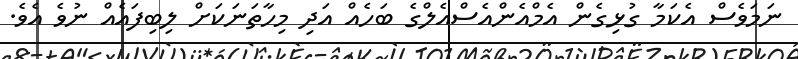
ނަމަވެސް އެކަމާ ގުޅިގެން އެމްއެންއެސްއެލްގެ ބަހެއް އަދި މިހާތަނަކަށް ލިބިފައެއް ނުވެ އެވެ.